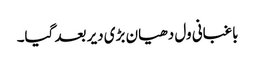
باغبانی ول دھیان بڑی دیر بعد گیا۔